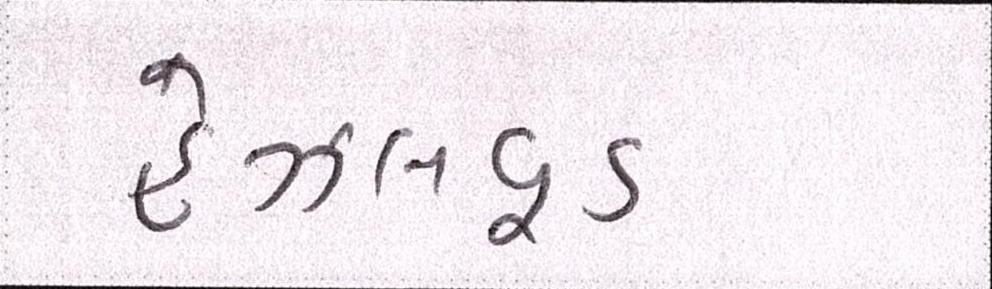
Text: હેઝલવૂડ